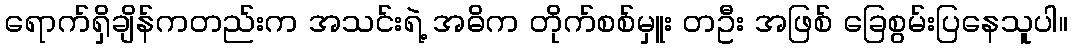
ရောက်ရှိချိန်ကတည်းက အသင်းရဲ့ အဓိက တိုက်စစ်မှူး တဦး အဖြစ် ခြေစွမ်းပြနေသူပါ။